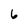
Character: 6